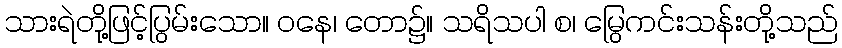
သားရဲတို့ဖြင့်ပြွမ်းသော။ ဝနေ၊ တော၌။ သရိသပါ စ၊ မြွေကင်းသန်းတို့သည်